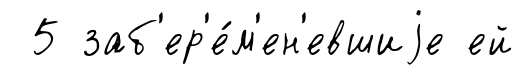
5 заб'ер'е́м'ен'евшиjе ей